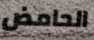
الحامض